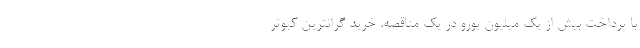
با پرداخت بیش از یک میلیون یورو در یک مناقصه، خرید گرانترین کبوتر